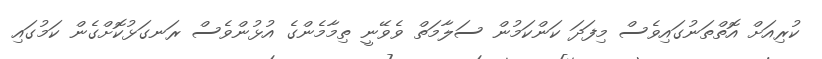
ކުރިއަށް އޮތްތަނުގައިވެސް މިފަދަ ކަންކަމުން ސަލާމަތް ވެވޭނީ ތިމާމެންގެ އުޅުންވެސް ރަނގަޅުކޮށްގެން ކަމުގައި